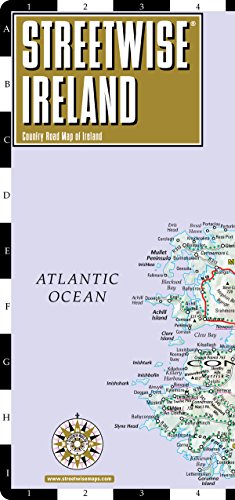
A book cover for Streetwise Ireland Map - Laminated Country Road Map of Ireland; Streetwise Maps; Travel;